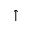
\uparrow